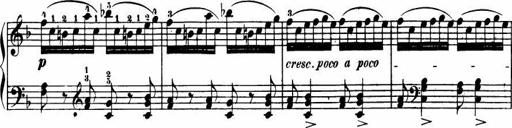
Title: Le bouquetier
Composer: Anton Diabelli
Key: G major
 C major
 F major
 C major